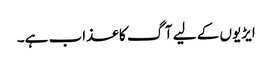
ایڑیوں کے لیے آگ کا عذاب ہے۔